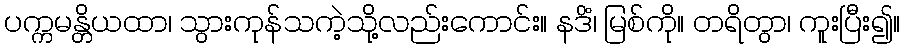
ပက္ကမန္တိယထာ၊ သွားကုန်သကဲ့သို့လည်းကောင်း။ နဒိံ၊ မြစ်ကို။ တရိတွာ၊ ကူးပြီး၍။